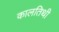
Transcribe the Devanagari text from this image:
कालतिथी